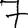
Digit: 7